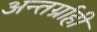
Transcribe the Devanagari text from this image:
अन्तर्ग्राही